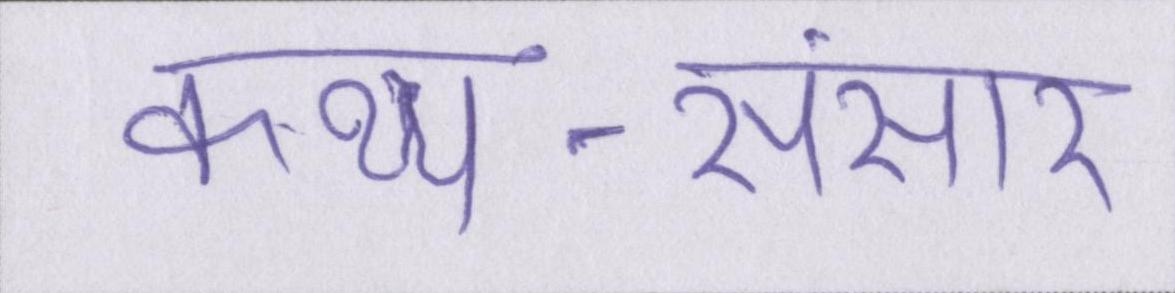
कथ्य-संसार